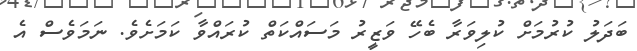
ބަދަލު ކުރުމަށް ކުލިވަރާ ބެހޭ ވަޒީރު މަސައްކަތް ކުރައްވާ ކަމަށެވެ. ނަމަވެސް އެ